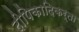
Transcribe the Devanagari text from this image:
दीपिकादिकर्ता